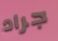
جراد